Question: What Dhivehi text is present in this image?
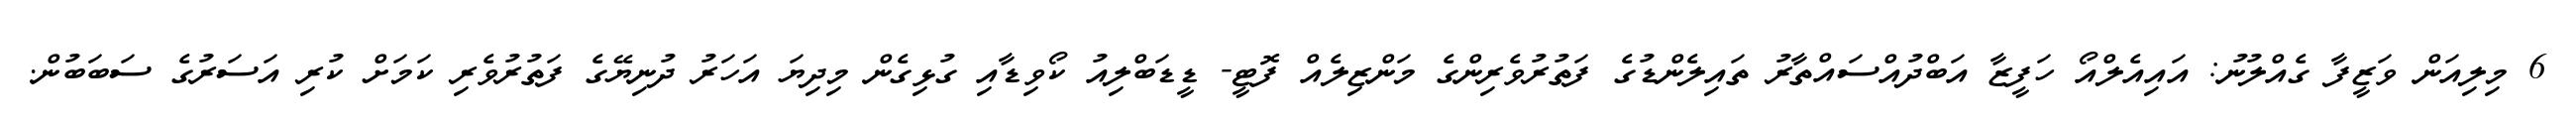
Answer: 6 މިލިއަން ވަޒީފާ ގެއްލުނު: އައިއެލްއޯ ހަފީޒާ އަބްދުއްސައްތާރު ތައިލެންޑުގެ ފަތުރުވެރިންގެ މަންޒިލެއް ފޮޓީ- ޑީޑަބްލިއު ކޯވިޑާއި ގުޅިގެން މިދިޔަ އަހަރު ދުނިޔޭގެ ފަތުރުވެރި ކަމަށް ކުރި އަސަރުގެ ސަބަބުން.